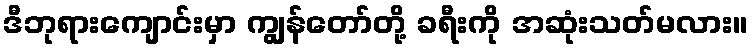
ဒီဘုရားကျောင်းမှာ ကျွန်တော်တို့ ခရီးကို အဆုံးသတ်မလား။